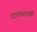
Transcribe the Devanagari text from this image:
दातासारखी